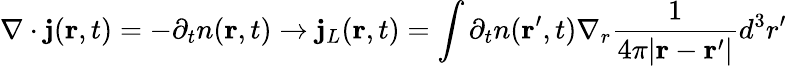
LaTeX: \nabla\cdot{\mathbf j}({\mathbf r},t)=-\partial_{t}n({\mathbf r},t)\rightarrow{\mathbf j}_{L}({\mathbf r},t)=\int\partial_{t}n({\mathbf r}^{\prime},t)\nabla_{r}\frac{1}{4\pi\vert{\mathbf r}-{\mathbf r}^{\prime}\vert}d^{3}r^{\prime}